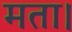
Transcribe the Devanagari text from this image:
मता।